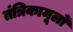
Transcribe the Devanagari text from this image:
तंत्रिकामूलों